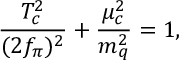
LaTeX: \frac { T _ { c } ^ { 2 } } { ( 2 f _ { \pi } ) ^ { 2 } } + \frac { \mu _ { c } ^ { 2 } } { m _ { q } ^ { 2 } } = 1 ,